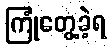
ကြုံတွေ့ခဲ့ရ